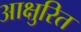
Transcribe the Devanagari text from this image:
आक्षुरित